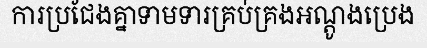
ការប្រជែងគ្នាទាមទារគ្រប់គ្រងអណ្តូងប្រេង